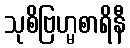
သုစိဗြဟ္မစာရိနီ